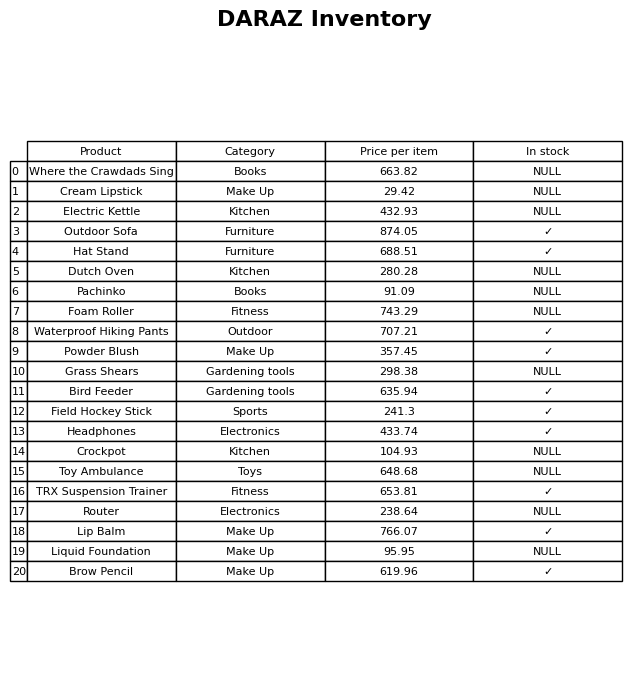
question: What is the price of the TRX Suspension Trainer?
answer: The price of TRX Suspension Trainer is 653.81.